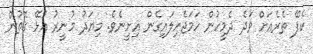
ކެފޭ ތެރެއަށް ވަދެ ދެމީހުން ހަމަޖެހިލައިގެން އިށީނެވެ. މިޔަދު މުނީރު އުޅޭ ގޮތުން